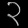
Digit: ၃